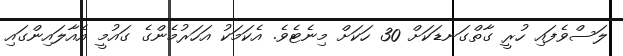
ލަސްވެފައި ހުރީ ގާތްގަނޑަކަށް 30 ހަކަށް މިނެޓެވެ. އެކަމަކު އަހަރުމެންގެ ގައުމީ އެއާލައިންގައި